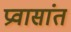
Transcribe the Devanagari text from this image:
प्रवासांत